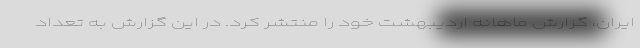
ایران، گزارش ماهانه اردیبهشت خود را منتشر کرد. در این گزارش به تعداد